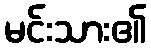
မင်းသား၏